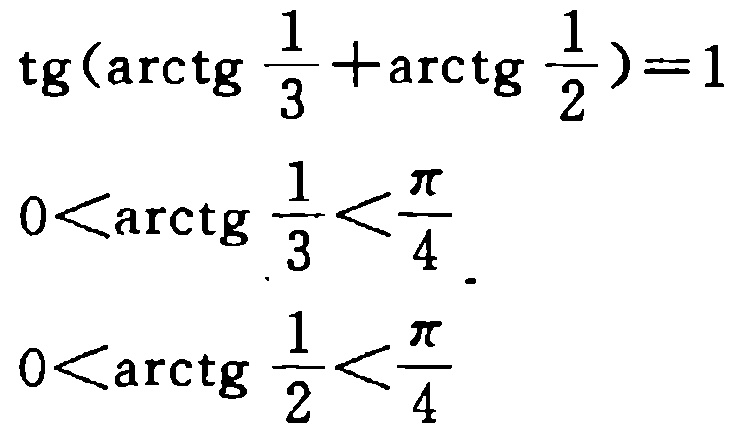
\(\mathrm{tg}(\mathrm{arctg} \frac{1}{3}+\mathrm{arctg} \frac{1}{2}) = 1\)
\(0<\mathrm{arctg} \frac{1}{3}<\frac{\pi}{4}\)
\(0<\mathrm{arctg} \frac{1}{2}<\frac{\pi}{4}\)